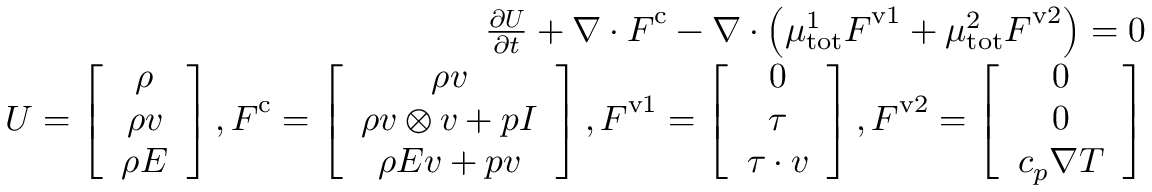
\begin{array} { r } { \frac { \partial \boldsymbol { U } } { \partial t } + \nabla \cdot \boldsymbol { F } ^ { \mathrm { c } } - \nabla \cdot \left( \mu _ { \mathrm { t o t } } ^ { 1 } \boldsymbol { F } ^ { \mathrm { v } 1 } + \mu _ { \mathrm { t o t } } ^ { 2 } \boldsymbol { F } ^ { \mathrm { v } 2 } \right) = 0 } \\ { \boldsymbol { U } = \left[ \begin{array} { c } { \rho } \\ { \rho \boldsymbol { v } } \\ { \rho E } \end{array} \right] , \boldsymbol { F } ^ { \mathrm { c } } = \left[ \begin{array} { c } { \rho \boldsymbol { v } } \\ { \rho \boldsymbol { v } \otimes \boldsymbol { v } + p \boldsymbol { I } } \\ { \rho E \boldsymbol { v } + p \boldsymbol { v } } \end{array} \right] , \boldsymbol { F } ^ { \mathrm { v } 1 } = \left[ \begin{array} { c } { 0 } \\ { \boldsymbol { \tau } } \\ { \boldsymbol { \tau } \cdot \boldsymbol { v } } \end{array} \right] , \boldsymbol { F } ^ { \mathrm { v } 2 } = \left[ \begin{array} { c } { 0 } \\ { 0 } \\ { c _ { p } \nabla T } \end{array} \right] } \end{array}